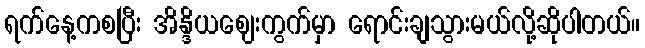
ရက်နေ့ကစပြီး အိန္ဒိယဈေးကွက်မှာ ရောင်းချသွားမယ်လို့ဆိုပါတယ်။